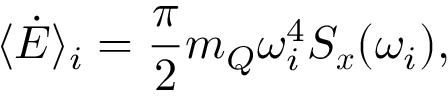
\langle \dot { E } \rangle _ { i } = \frac { \pi } { 2 } m _ { Q } \omega _ { i } ^ { 4 } S _ { \boldsymbol { x } } ( \omega _ { i } ) ,